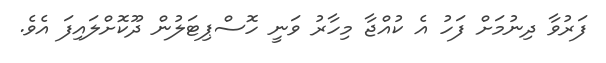
ފަރުވާ ދިނުމަށް ފަހު އެ ކުއްޖާ މިހާރު ވަނީ ހޮސްޕިޓަލުން ދޫކޮށްލައިފަ އެވެ.